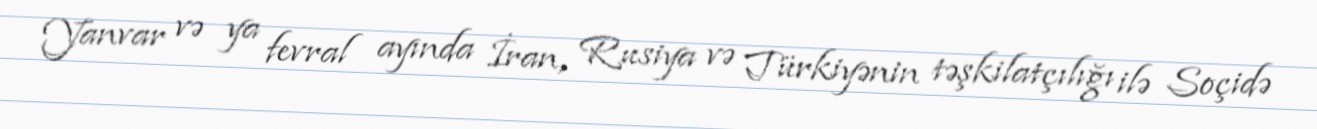
Yanvar və ya fevral ayında İran, Rusiya və Türkiyənin təşkilatçılığı ilə Soçidə